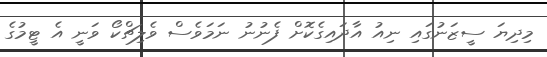
މިދިޔަ ސީޒަނުގައި ނިއު އާދައިގެކޮށް ފެނުނު ނަމަވެސް ވެލިޗްކޯ ވަނީ އެ ޓީމުގެ